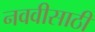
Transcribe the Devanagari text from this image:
नववीसाठी